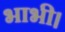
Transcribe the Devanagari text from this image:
भाभी।